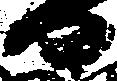
日